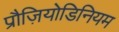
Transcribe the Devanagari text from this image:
प्रौज़ियोडिनियम